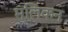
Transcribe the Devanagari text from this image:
मलिकन